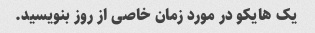
یک هایکو در مورد زمان خاصی از روز بنویسید.